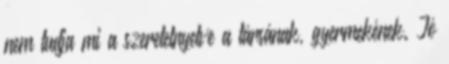
nem tudja mi a szeretetnyelve a társának, gyermekének. Jó